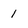
Character: 1